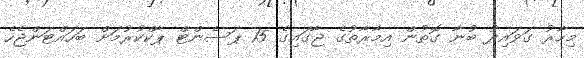
މިހާރު ގަވައިދު ބުނާ ގޮތުން އިމާރާތުގެ ޖާގައިގެ 15 ޕަސެންޓް ޕާކްކުރުމަށް ބަހައްޓަންޖެހެ